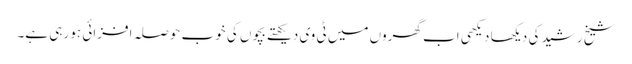
شیخ رشید کی دیکھا دیکھی اب گھروں میں ٹی وی دیکھتے بچوں کی خوب حوصلہ افزائی ہو رہی ہے۔